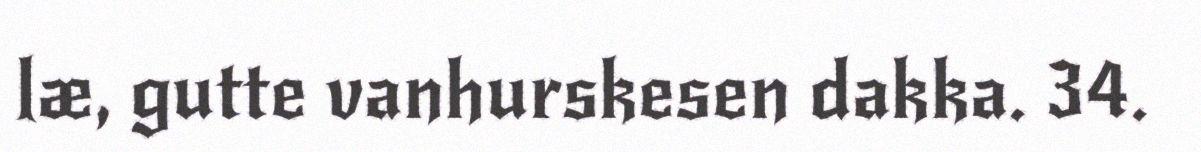
læ, gutte vanhurskesen dakka. 34.